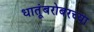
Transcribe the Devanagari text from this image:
धातूंबरोबरच्या